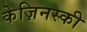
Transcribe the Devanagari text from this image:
केज़िनस्की